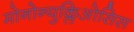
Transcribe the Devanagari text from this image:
मोनोन्युक्लिओसिस